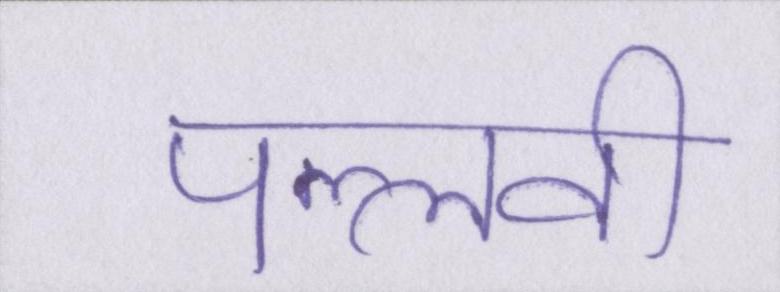
पल्लवी